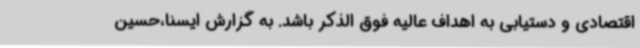
اقتصادی و دستیابی به اهداف عالیه فوق الذکر باشد. به گزارش ایسنا،حسین